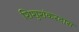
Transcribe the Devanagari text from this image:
शिशुशंकरदास